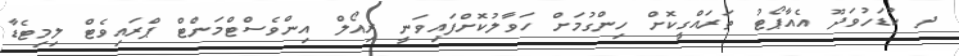
ދ ކުޑަހުވަދޫ އެއާޕޯޓު ތަރައްގީކޮށް ހިންގުމަށް ހަވާލުކޮށްފައިވަނީ ރިއޯލް އިންވެސްޓްމަންޓް ޕްރައިވެޓް ލިމިޓެޑާ